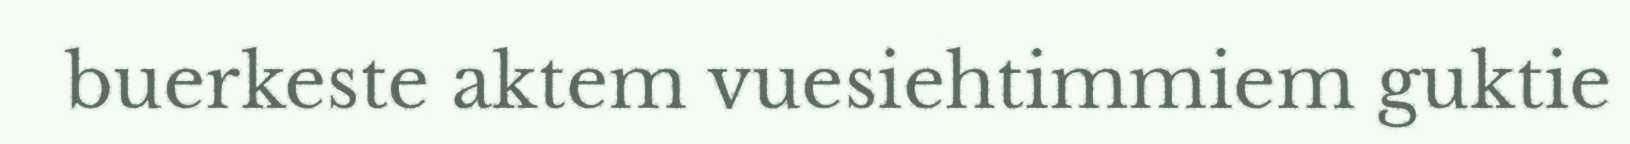
buerkeste aktem vuesiehtimmiem guktie